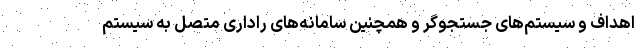
اهداف و سیستم‌های جستجوگر و همچنین سامانه‌های راداری متصل به سیستم